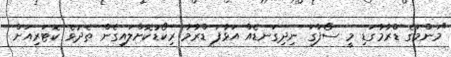
"މަންމަގެ ޑްރާމާގަޑި މީ ސޯފާގަ ނިދިގަނޑެއް އަޅާފަ ޑްރާމާ ރިކޯޑުކޮށްލައިގެން ތެދުވެ ކޮޓަރިއަށް